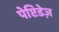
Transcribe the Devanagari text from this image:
पेप्टिडेज़